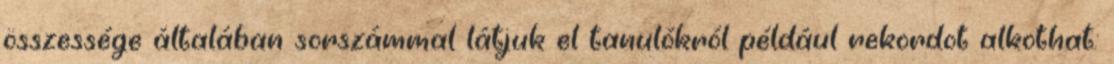
összessége általában sorszámmal látjuk el tanulókról például rekordot alkothat: